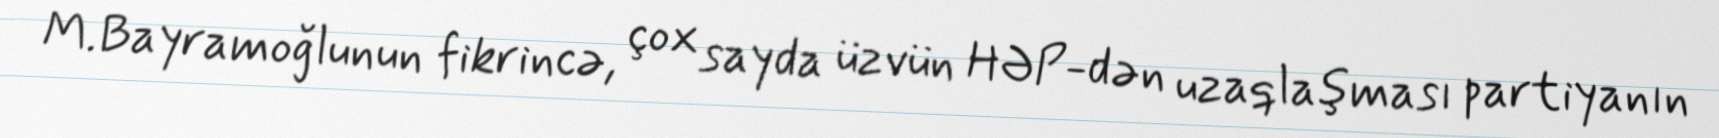
M.Bayramoğlunun fikrincə, çox sayda üzvün HƏP-dən uzaqlaşması partiyanın